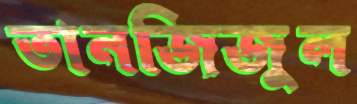
তানজিজুল